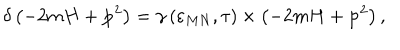
\delta \left( - 2 m H + \mathbf { p } ^ { 2 } \right) = \gamma \left( \varepsilon _ { M N } , \tau \right) \times \left( - 2 m H + \mathbf { p } ^ { 2 } \right) ,